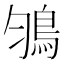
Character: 𩿃